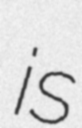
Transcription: is